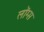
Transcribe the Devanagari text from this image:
लोंग्स